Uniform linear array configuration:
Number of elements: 4
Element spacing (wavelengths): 1
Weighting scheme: binomial
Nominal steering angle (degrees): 60
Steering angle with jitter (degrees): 58.962
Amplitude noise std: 0.05
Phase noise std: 0.05

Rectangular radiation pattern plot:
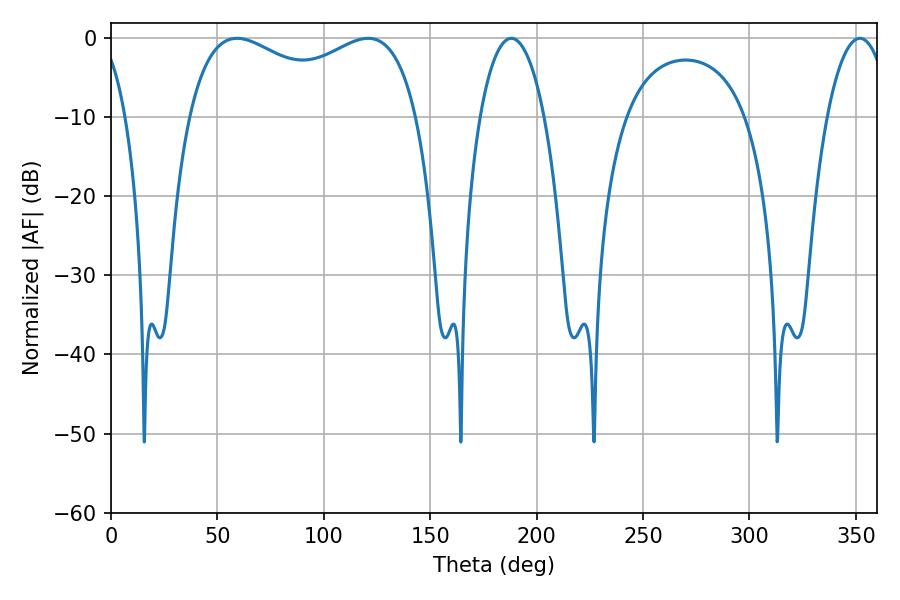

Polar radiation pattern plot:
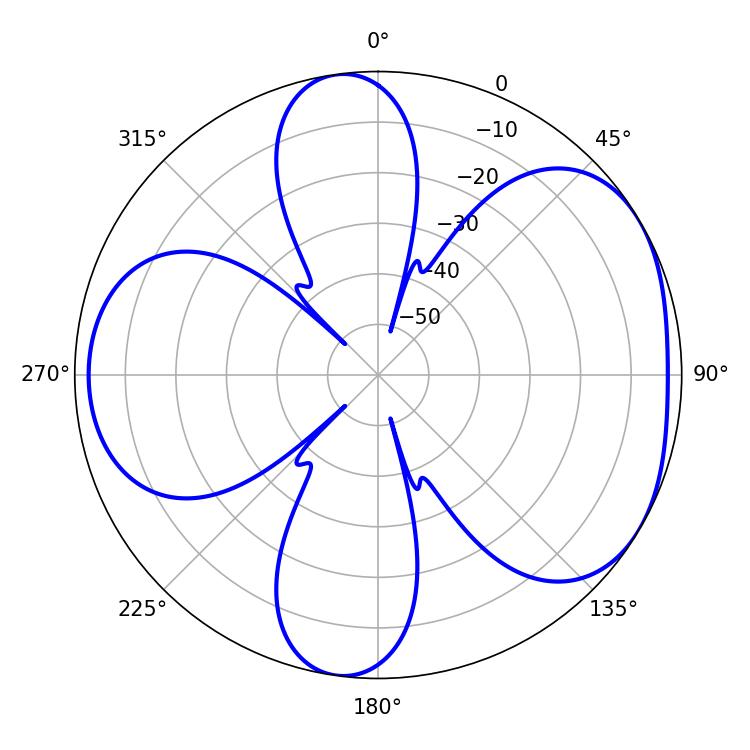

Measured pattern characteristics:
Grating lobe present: TRUE
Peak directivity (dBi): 4.686
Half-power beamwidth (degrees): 17.1
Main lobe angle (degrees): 188.1